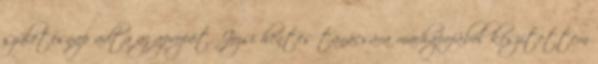
születésnap adta az apropót. Józsi hentes tanácsára marhapofából készítettem